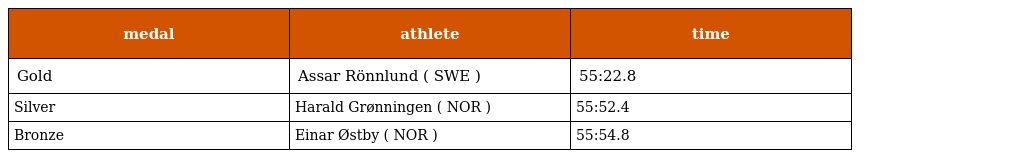
| medal | athlete | time |
 | --- | --- | --- |
 | Gold | Assar Rönnlund ( SWE ) | 55:22.8 |
 | Silver | Harald Grønningen ( NOR ) | 55:52.4 |
 | Bronze | Einar Østby ( NOR ) | 55:54.8 |